Leaving Certificate Examination (including Day School Certificate (Higher) General paper), 1926
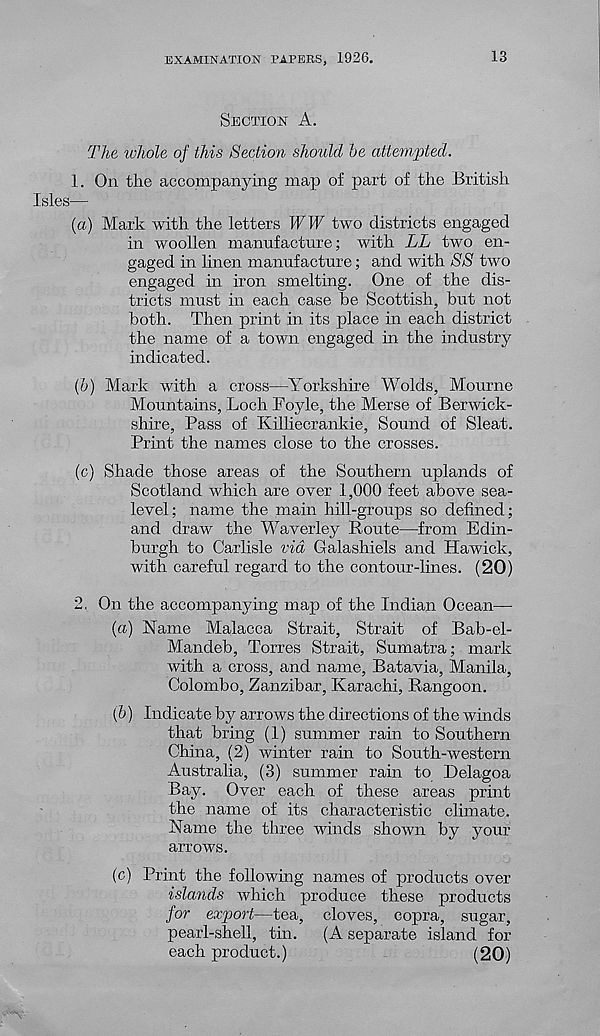
EXAMINATION PAPERS, 1926.
13
SECTION A.
The whole of this Section should be attempted.
1. On the accompanying map of part of the British
Isles—
(a) Mark with the letters WW two districts engaged
in woollen manufacture; with LL two en-
gaged in linen manufacture; and with SS two
engaged in iron smelting. One of the dis-
tricts must in each case be Scottish, but not
both. Then print in its place in each district
the name of a town engaged in the industry
indicated.
{b) Mark with a cross—Yorkshire Wolds, Mourne
Mountains, Loch Boyle, the Merse of Berwick-
shire, Pass of Killiecrankie, Sound of Sleat.
Print the names close to the crosses.
(c) Shade those areas of the Southern uplands of
Scotland which are over 1,000 feet above sea-
level; name the main hill-groups so defined;
and draw the Waverley Route—from Edin-
burgh to Carlisle via Galashiels and Hawick,
with careful regard to the contour-lines. (20)
2, On the accompanying map of the Indian Ocean—
(a) Name Malacca Strait, Strait of Bab-el-
Mandeb, Torres Strait, Sumatra; mark
with a cross, and name, Batavia, Manila,
Colombo, Zanzibar, Karachi, Rangoon.
(&) Indicate by arrows the directions of the winds
that bring (1) summer rain to Southern
China, (2) winter rain to South-western
Australia, (3) summer rain to Delagoa
Bay. Over each of these areas print
the name of its characteristic climate.
Name the three winds shown by your
arrows.
(c) Print the following names of products over
islands which produce these products
for export—tea, cloves, copra, sugar,
pearl-shell, tin. (A separate island for
each product.)
(20)